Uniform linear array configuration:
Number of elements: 4
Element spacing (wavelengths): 0.5
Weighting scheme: uniform
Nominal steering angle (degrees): -45
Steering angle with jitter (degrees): -44.814
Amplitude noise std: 0.05
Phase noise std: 0.05

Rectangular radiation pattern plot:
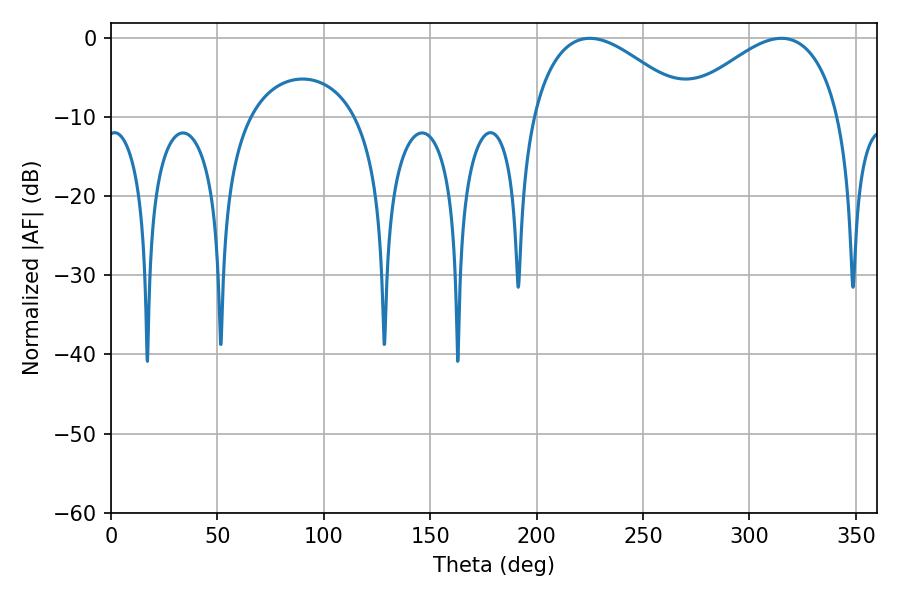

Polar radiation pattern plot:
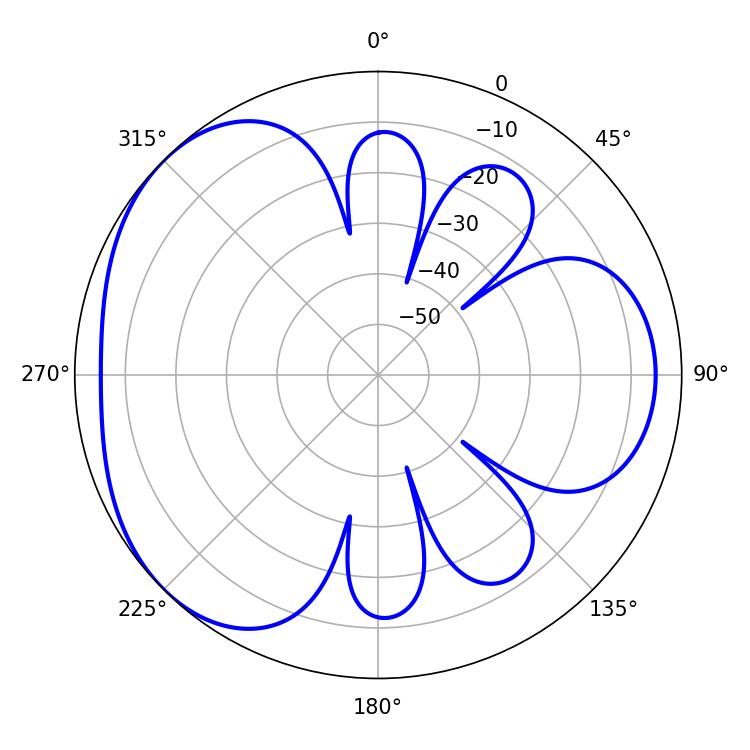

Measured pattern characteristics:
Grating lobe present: FALSE
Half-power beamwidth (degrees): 41.04
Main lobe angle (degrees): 225